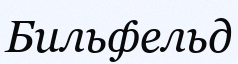
Бильфельд